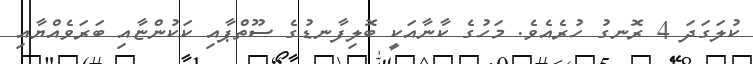
ކުލަގަދަ 4 ރޮނގު ހުރެއެވެ. މަހުގެ ކާނާއަކީ ބޮލިފާނޑުގެ ސޫތްޕާއި ކަކުންޏާއި ބަރަވެއްޔާއި